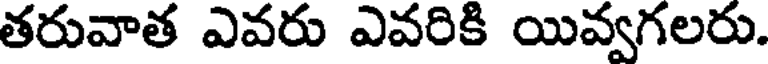
తరువాత ఎవరు ఎవరికి యివ్వగలరు.